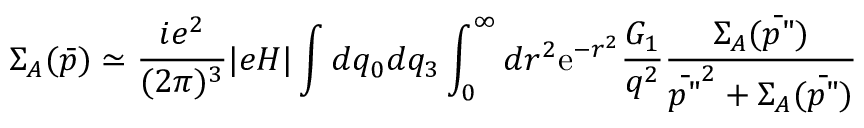
\Sigma _ { A } ( \bar { p } ) \simeq \frac { i e ^ { 2 } } { ( 2 \pi ) ^ { 3 } } | e H | \int d q _ { 0 } d q _ { 3 } \int _ { 0 } ^ { \infty } d r ^ { 2 } \mathrm { e } ^ { - r ^ { 2 } } \frac { G _ { 1 } } { q ^ { 2 } } \frac { \Sigma _ { A } ( \bar { p " } ) } { \bar { p " } ^ { 2 } + \Sigma _ { A } ( \bar { p " } ) }